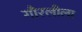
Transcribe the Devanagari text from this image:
गौरलीला